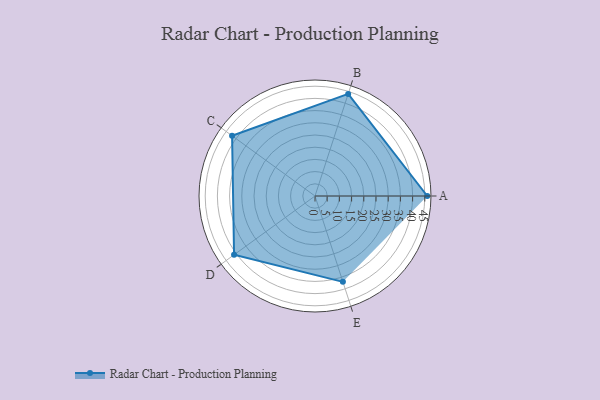
{"axis": {"x": "Skill", "y": "Score"}, "legend": ["Profile"], "data": [{"x": "A", "y": 46.0, "type": "Profile"}, {"x": "B", "y": 44.0, "type": "Profile"}, {"x": "C", "y": 42.0, "type": "Profile"}, {"x": "D", "y": 41.0, "type": "Profile"}, {"x": "E", "y": 37.0, "type": "Profile"}]}